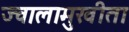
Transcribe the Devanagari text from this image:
ज्वालामुखीता